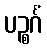
ပဉ္စင်္ဂံ